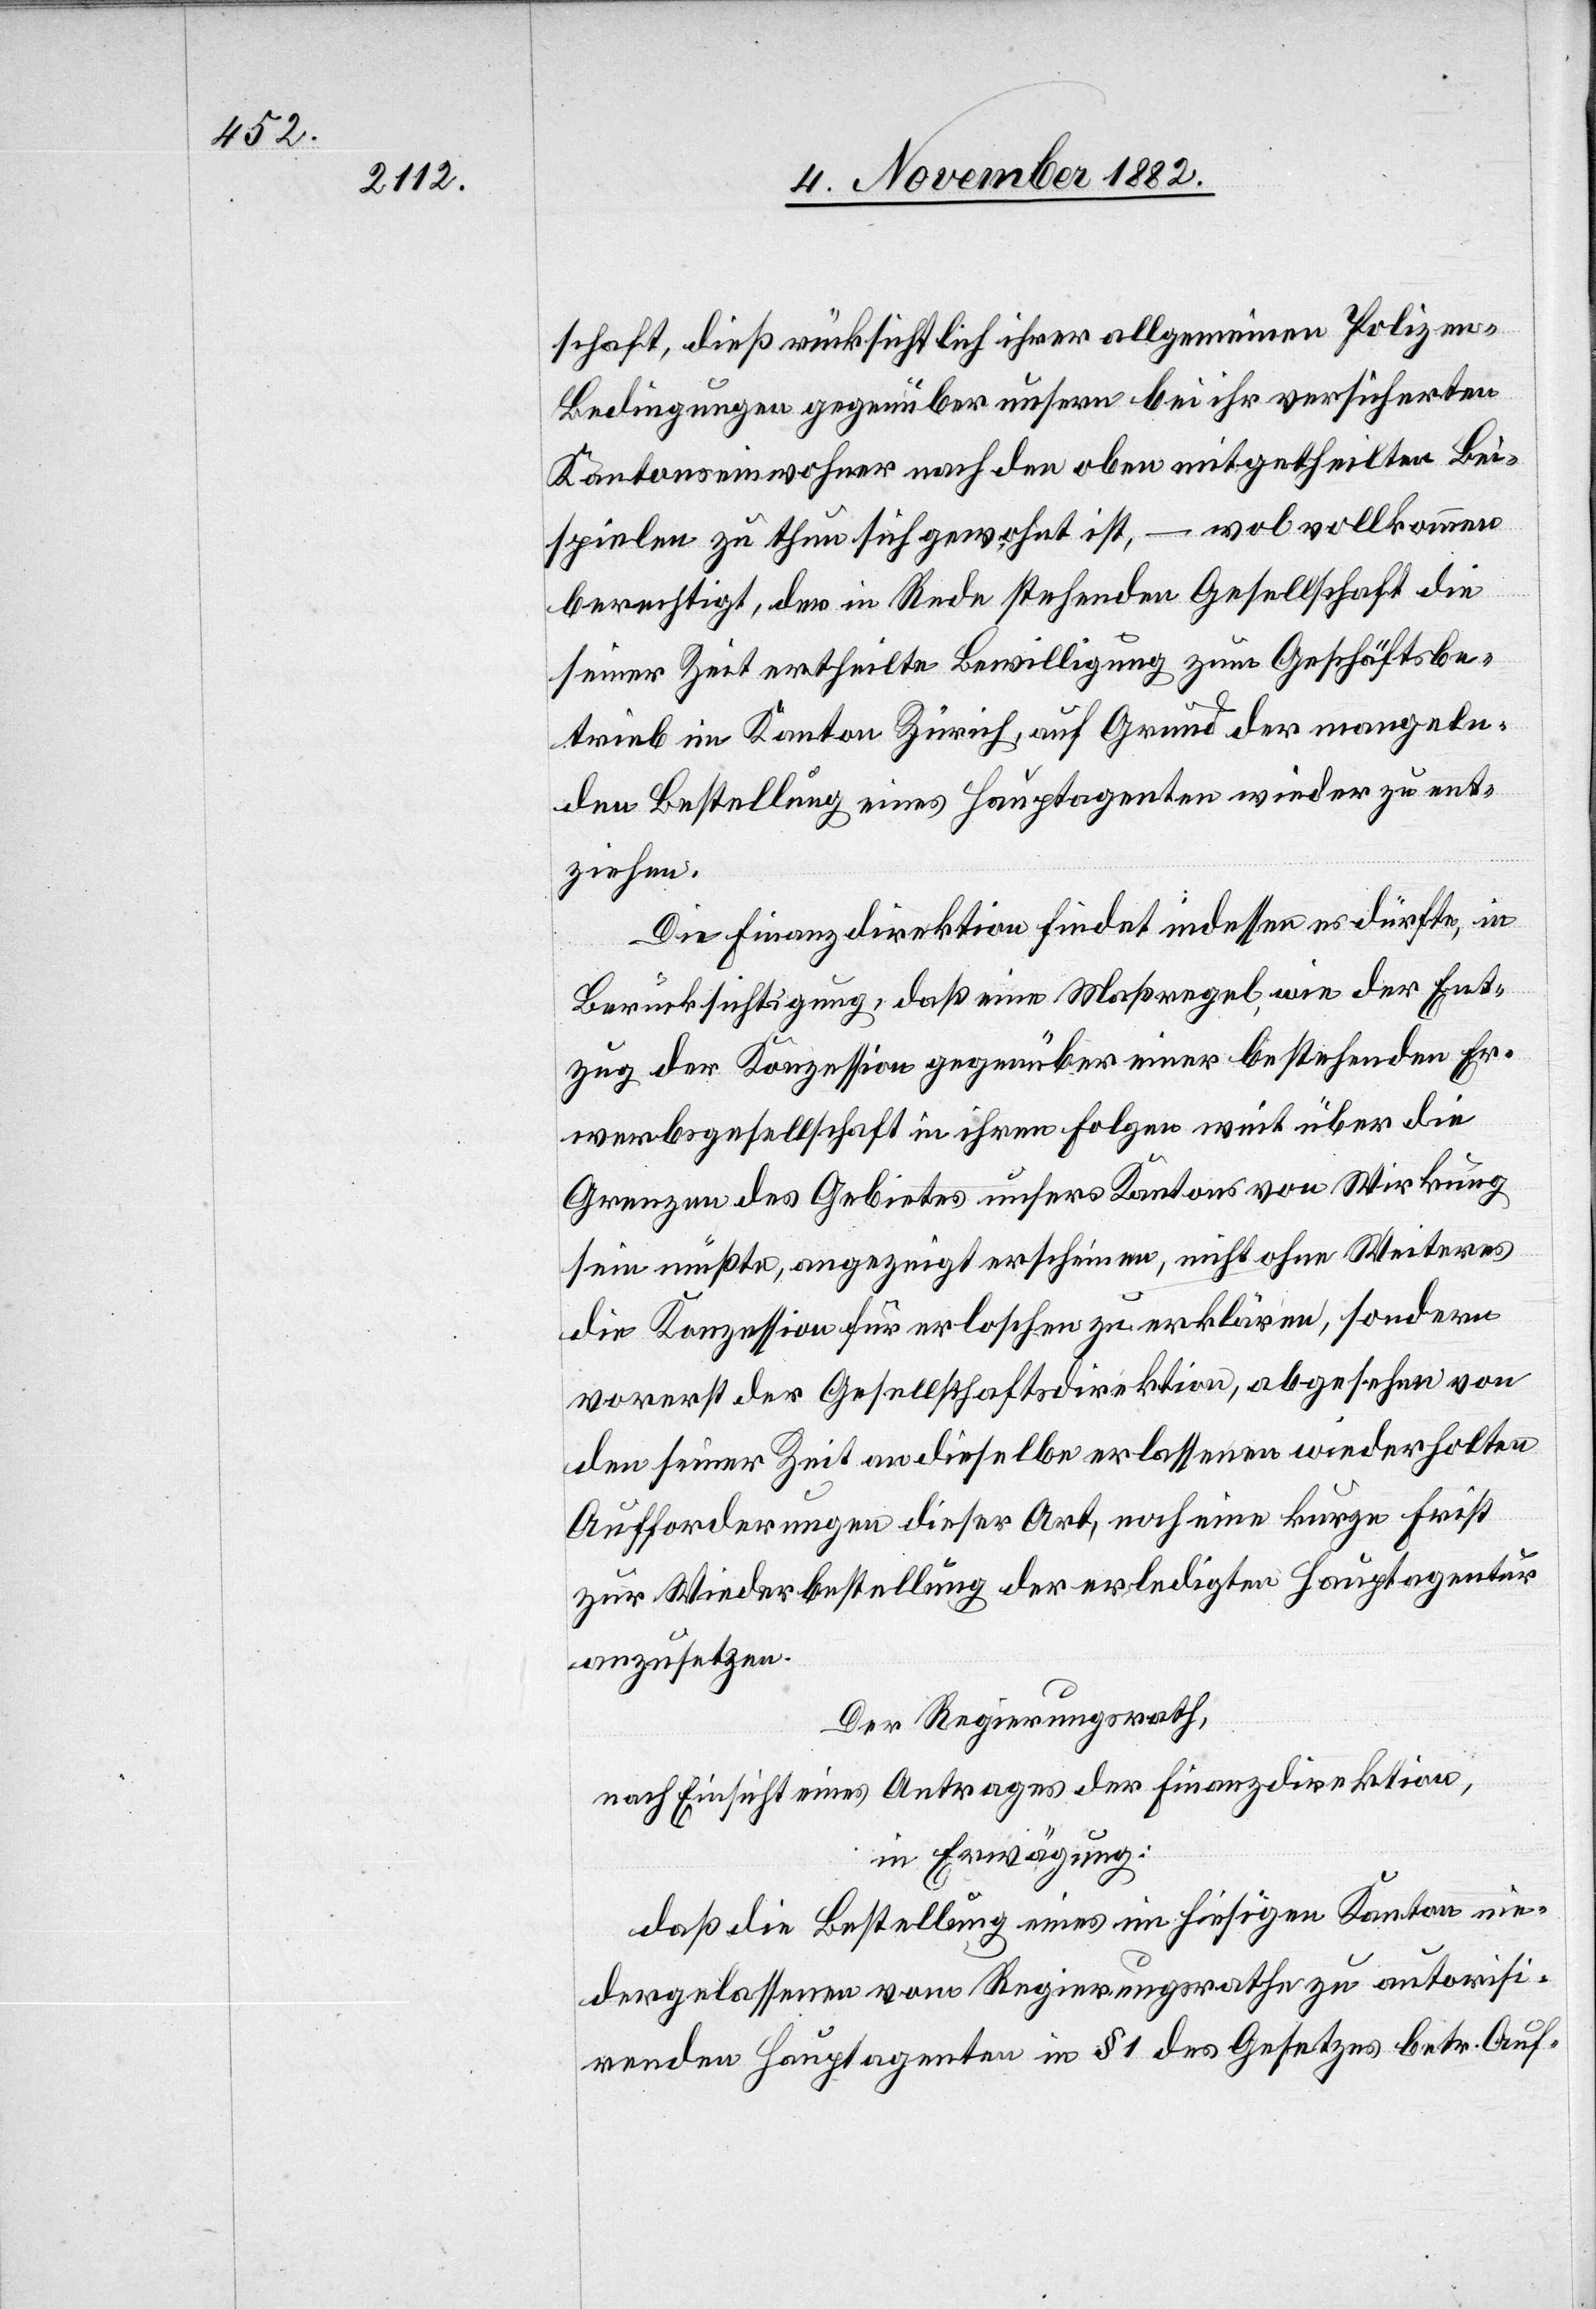
schaft, dieß rücksichtlich ihrer allgemeinen Polize¬
n-Bedingungen gegenüber unsern bei ihr versicherten
Kantonseinwohner nach den oben mitgetheilten Bei¬
spielen zu thun sich gewohnt ist, – wol vollkommen
berechtigt, der in Rede stehenden Gesellschaft die
seiner Zeit ertheilte Bewilligung zum Geschäftsbe¬
trieb im Kanton Zürich, auf Grund der mangeln¬
den Bestellung eines Hauptagenten wieder zu ent¬
ziehen.
Die Finanzdirektion findet indessen es dürfte, in
Berücksichtigung, daß eine Maßregel, wie der Ent¬
zug der Konzession gegenüber einer bestehenden Er¬
werbsgesellschaft in ihren Folgen weit über die
Grenzen des Gebietes unsers Kantons von Wirkung
sein müßte, angezeigt erscheinen, nicht ohne Weiteres
die Konzession für erloschen zu erklären, sondern
vorerst der Gesellschaftsdirektion, abgesehen von
den seiner Zeit an dieselbe erlassenen wiederholten
Aufforderungen dieser Art, noch eine kurze Frist
zur Wiederbestellung der erledigten Hauptagentur
anzusetzen.
Der Regierungsrath,
nach Einsicht eines Antrages der Finanzdirektion,
in Erwägung:
daß die Bestellung eines im hiesigen Kanton nie¬
dergelassenen vom Regierungsrathe zu autorisi¬
renden Hauptagenten in § 1 des Gesetzes betr. Auf-